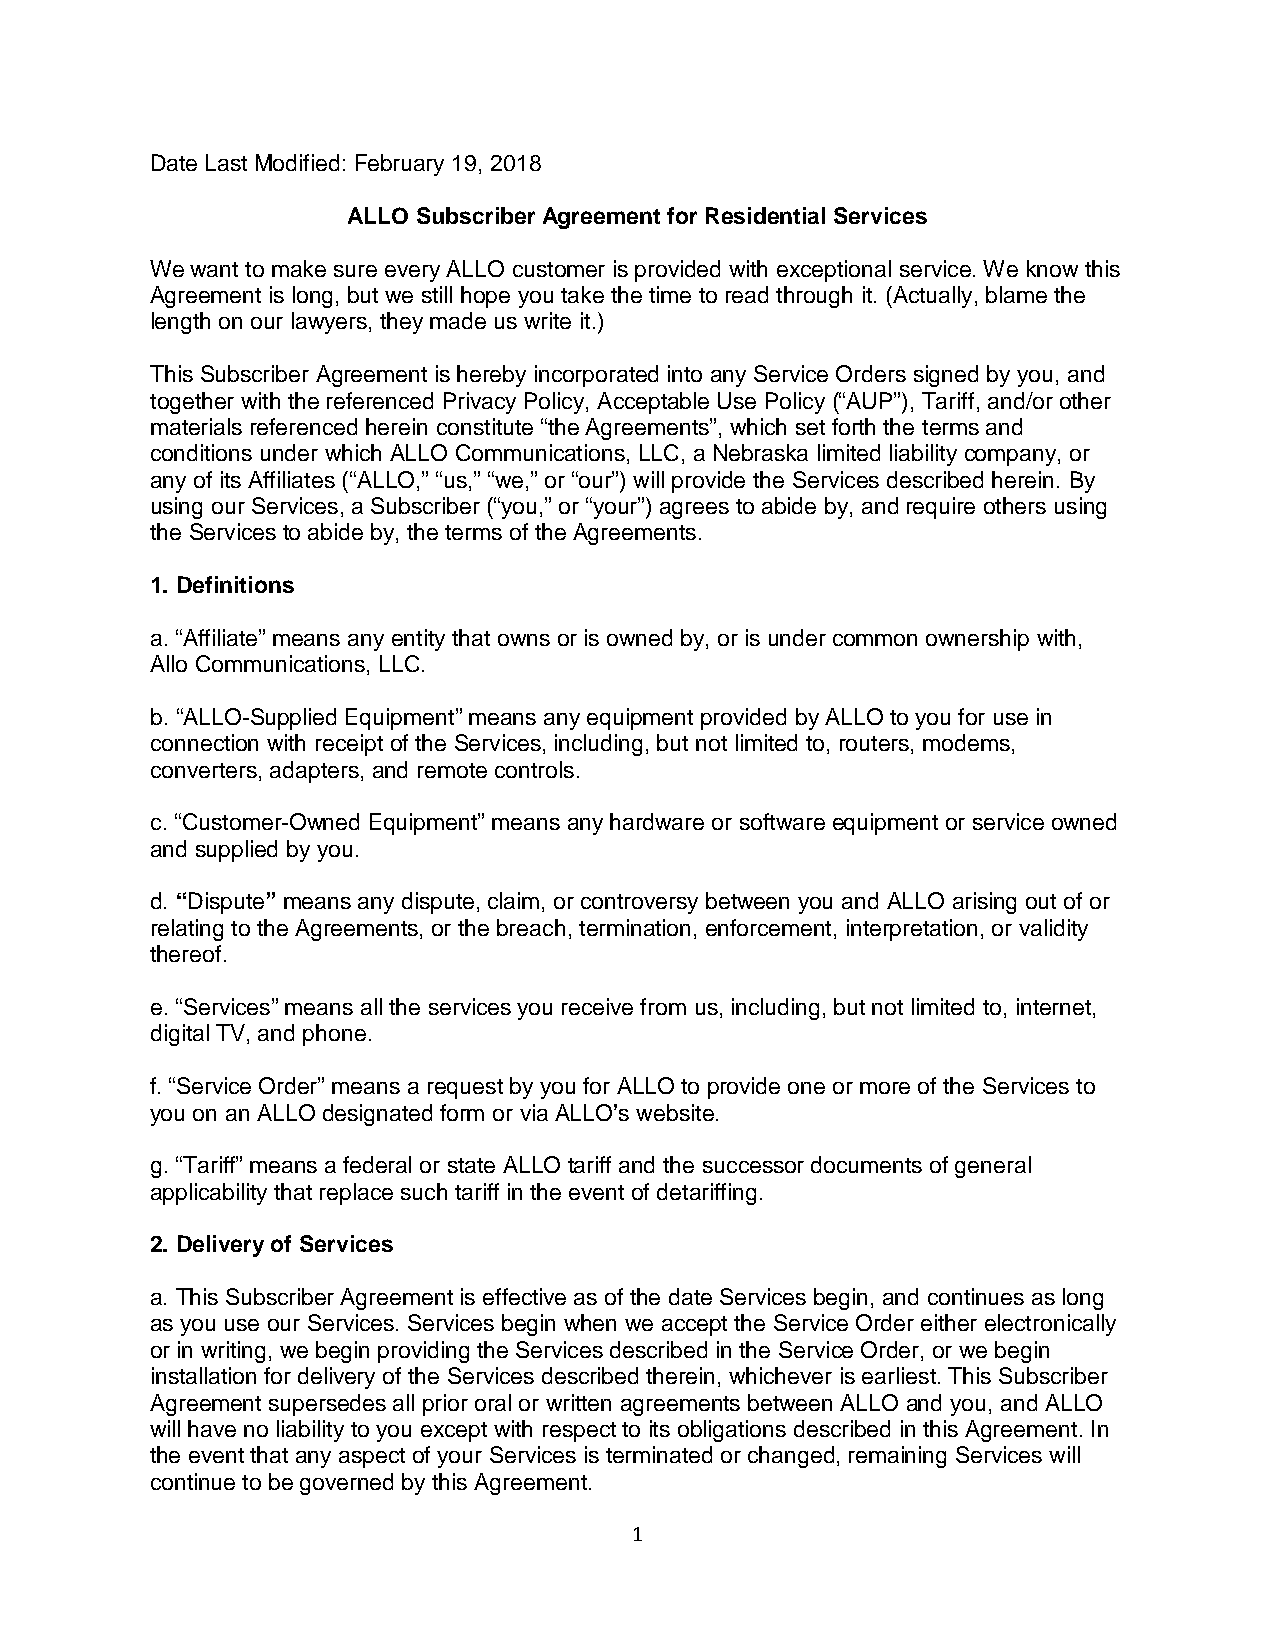
Date Last Modified: February 19, 2018
 ALLO Subscriber Agreement for Residential Services
 We want to make sure every ALLO customer is provided with exceptional service. We know this
 Agreement is long, but we still hope you take the time to read through it. (Actually, blame the
 length on our lawyers, they made us write it.)
 This Subscriber Agreement is hereby incorporated into any Service Orders signed by you, and
 together with the referenced Privacy Policy, Acceptable Use Policy (“AUP”), Tariff, and/or other
 materials referenced herein constitute “the Agreements”, which set forth the terms and
 conditions under which ALLO Communications, LLC, a Nebraska limited liability company, or
 any of its Affiliates (“ALLO,” “us,” “we,” or “our”) will provide the Services described herein. By
 using our Services, a Subscriber (“you,” or “your”) agrees to abide by, and require others using
 the Services to abide by, the terms of the Agreements.
 1. Definitions
 a. “Affiliate” means any entity that owns or is owned by, or is under common ownership with,
 Allo Communications, LLC.
 b. “ALLO-Supplied Equipment” means any equipment provided by ALLO to you for use in
 connection with receipt of the Services, including, but not limited to, routers, modems,
 converters, adapters, and remote controls.
 c. “Customer-Owned Equipment” means any hardware or software equipment or service owned
 and supplied by you.
 d. “Dispute” means any dispute, claim, or controversy between you and ALLO arising out of or
 relating to the Agreements, or the breach, termination, enforcement, interpretation, or validity
 thereof.
 e. “Services” means all the services you receive from us, including, but not limited to, internet,
 digital TV, and phone.
 f. “Service Order” means a request by you for ALLO to provide one or more of the Services to
 you on an ALLO designated form or via ALLO’s website.
 g. “Tariff” means a federal or state ALLO tariff and the successor documents of general
 applicability that replace such tariff in the event of detariffing.
 2. Delivery of Services
 a. This Subscriber Agreement is effective as of the date Services begin, and continues as long
 as you use our Services. Services begin when we accept the Service Order either electronically
 or in writing, we begin providing the Services described in the Service Order, or we begin
 installation for delivery of the Services described therein, whichever is earliest. This Subscriber
 Agreement supersedes all prior oral or written agreements between ALLO and you, and ALLO
 will have no liability to you except with respect to its obligations described in this Agreement. In
 the event that any aspect of your Services is terminated or changed, remaining Services will
 continue to be governed by this Agreement.
 1